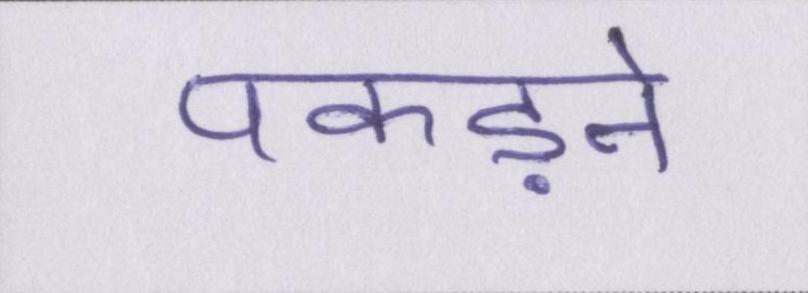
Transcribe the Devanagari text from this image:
पकड़ने